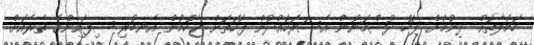
ހަމަލާތައް ދިނުމަށް ފަހު ދުޝްމަނުން އެސަރަހައްދުން ފަހަތަށް ޖެހުމުން އެނބުރި ސިފައިންގެ ތެރެއަށް